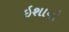
ઇશાની